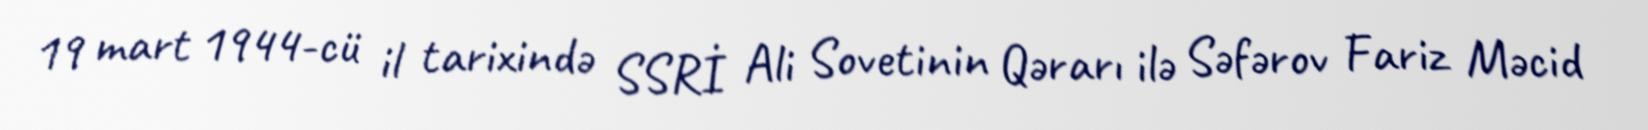
19 mart 1944-cü il tarixində SSRİ Ali Sovetinin Qərarı ilə Səfərov Fariz Məcid